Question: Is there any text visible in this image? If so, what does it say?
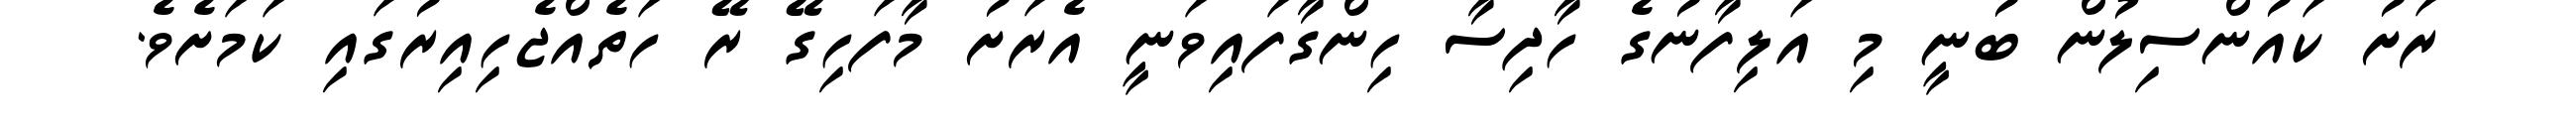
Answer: ރަށު ކައުންސިލުން ބުނީ މި އަލިފާނުގެ ހާދިސާ ހިންގާފައިވަނީ އެރަށު މާފަހިގޭ ރޭ ހަތެއްޖެހިއިރުގައި ކަމަށެވެ.